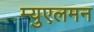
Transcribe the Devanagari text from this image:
म्युएलमन